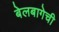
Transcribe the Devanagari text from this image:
बेलबागेची